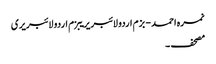
نمرہ احمد - بزم اردو لائبریریبزم اردو لائبریری
مصحف ۔